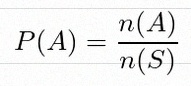
P(A)=\frac{n(A)}{n(S)}